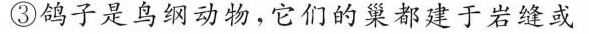
鸽子是鸟纲动物，它们的巢都建于岩缝或